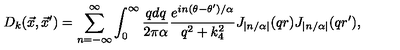
D _ { k } ( { \vec { x } } , { \vec { x } ^ { \prime } } ) = \sum _ { n = - \infty } ^ { \infty } \int _ { 0 } ^ { \infty } { \frac { q d q } { 2 \pi \alpha } } { \frac { e ^ { i n ( \theta - \theta ^ { \prime } ) / \alpha } } { q ^ { 2 } + k _ { 4 } ^ { 2 } } } J _ { \left| n / \alpha \right| } ( q r ) J _ { \left| n / \alpha \right| } ( q r ^ { \prime } ) ,